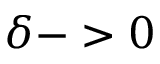
\delta - > 0